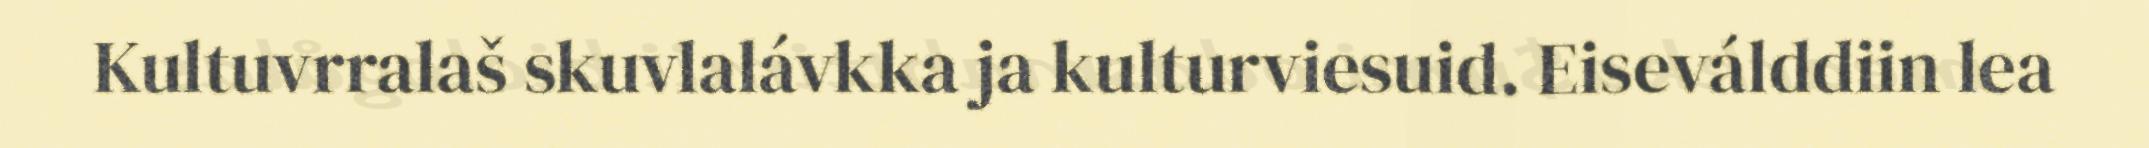
Kultuvrralaš skuvlalávkka ja kulturviesuid. Eiseválddiin lea